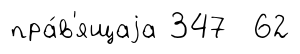
пра́в'ящаjа 347 62